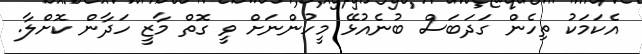
އެކަމަކު ތިހެން ގަދަބަސް ބުނެއުޅޭ މީހުންނަށް ވީ ގޮތް މާޒީ ހަދާން ކޮށްލާ.